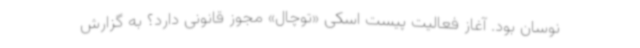
نوسان بود. آغاز فعالیت پیست اسکی «توچال» مجوز قانونی دارد؟ به گزارش